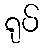
ရုပ်